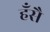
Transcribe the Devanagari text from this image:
हँसै